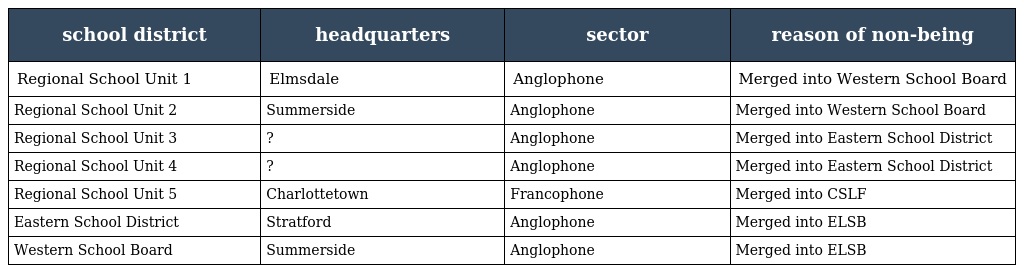
| school district | headquarters | sector | reason of non-being |
 | --- | --- | --- | --- |
 | Regional School Unit 1 | Elmsdale | Anglophone | Merged into Western School Board |
 | Regional School Unit 2 | Summerside | Anglophone | Merged into Western School Board |
 | Regional School Unit 3 | ? | Anglophone | Merged into Eastern School District |
 | Regional School Unit 4 | ? | Anglophone | Merged into Eastern School District |
 | Regional School Unit 5 | Charlottetown | Francophone | Merged into CSLF |
 | Eastern School District | Stratford | Anglophone | Merged into ELSB |
 | Western School Board | Summerside | Anglophone | Merged into ELSB |